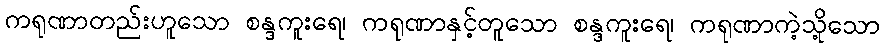
ကရုဏာတည်းဟူသော စန္ဒကူးရေ၊ ကရုဏာနှင့်တူသော စန္ဒကူးရေ၊ ကရုဏာကဲ့သို့သော